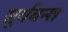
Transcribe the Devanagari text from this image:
सूर्यवन्श